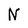
Character: N